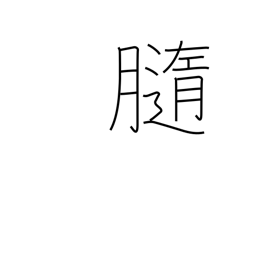
Meaning: pith